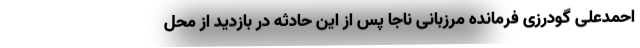
احمدعلی گودرزی فرمانده مرزبانی ناجا پس از این حادثه در بازدید از محل